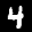
Label: 4